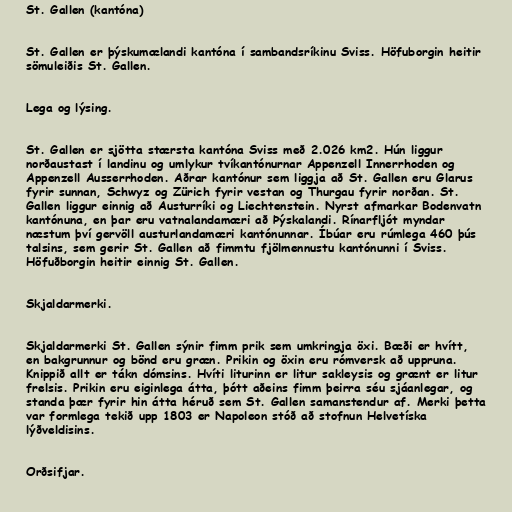
St. Gallen (kantóna)

St. Gallen er þýskumælandi kantóna í sambandsríkinu Sviss. Höfuborgin heitir
sömuleiðis St. Gallen.

Lega og lýsing.

St. Gallen er sjötta stærsta kantóna Sviss með 2.026 km2. Hún liggur
norðaustast í landinu og umlykur tvíkantónurnar Appenzell Innerrhoden og
Appenzell Ausserrhoden. Aðrar kantónur sem liggja að St. Gallen eru Glarus
fyrir sunnan, Schwyz og Zürich fyrir vestan og Thurgau fyrir norðan. St.
Gallen liggur einnig að Austurríki og Liechtenstein. Nyrst afmarkar Bodenvatn
kantónuna, en þar eru vatnalandamæri að Þýskalandi. Rínarfljót myndar
næstum því gervöll austurlandamæri kantónunnar. Íbúar eru rúmlega 460 þús
talsins, sem gerir St. Gallen að fimmtu fjölmennustu kantónunni í Sviss.
Höfuðborgin heitir einnig St. Gallen.

Skjaldarmerki.

Skjaldarmerki St. Gallen sýnir fimm prik sem umkringja öxi. Bæði er hvítt,
en bakgrunnur og bönd eru græn. Prikin og öxin eru rómversk að uppruna.
Knippið allt er tákn dómsins. Hvíti liturinn er litur sakleysis og grænt er litur
frelsis. Prikin eru eiginlega átta, þótt aðeins fimm þeirra séu sjáanlegar, og
standa þær fyrir hin átta héruð sem St. Gallen samanstendur af. Merki þetta
var formlega tekið upp 1803 er Napoleon stóð að stofnun Helvetíska
lýðveldisins.

Orðsifjar.